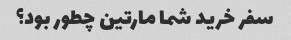
سفر خرید شما مارتین چطور بود؟